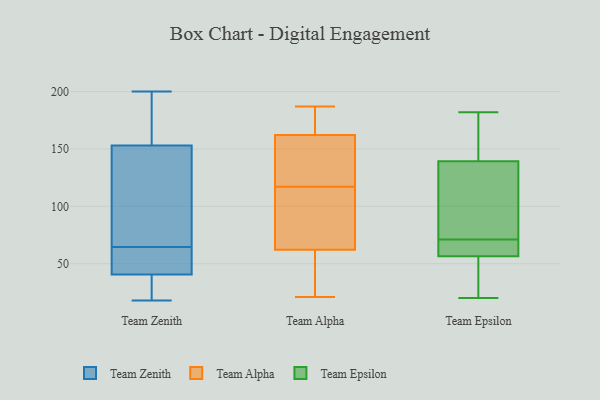
{"axis": {"x": "Shipments", "y": "Value"}, "legend": ["Team Alpha", "Team Epsilon", "Team Zenith"], "data": [{"x": "", "y": 41, "type": "Team Zenith"}, {"x": "", "y": 18, "type": "Team Zenith"}, {"x": "", "y": 58, "type": "Team Zenith"}, {"x": "", "y": 198, "type": "Team Zenith"}, {"x": "", "y": 40, "type": "Team Zenith"}, {"x": "", "y": 183, "type": "Team Zenith"}, {"x": "", "y": 80, "type": "Team Zenith"}, {"x": "", "y": 159, "type": "Team Zenith"}, {"x": "", "y": 100, "type": "Team Zenith"}, {"x": "", "y": 31, "type": "Team Zenith"}, {"x": "", "y": 171, "type": "Team Zenith"}, {"x": "", "y": 200, "type": "Team Zenith"}, {"x": "", "y": 44, "type": "Team Zenith"}, {"x": "", "y": 55, "type": "Team Zenith"}, {"x": "", "y": 18, "type": "Team Zenith"}, {"x": "", "y": 58, "type": "Team Zenith"}, {"x": "", "y": 40, "type": "Team Zenith"}, {"x": "", "y": 79, "type": "Team Zenith"}, {"x": "", "y": 71, "type": "Team Zenith"}, {"x": "", "y": 147, "type": "Team Zenith"}, {"x": "", "y": 112, "type": "Team Alpha"}, {"x": "", "y": 52, "type": "Team Alpha"}, {"x": "", "y": 21, "type": "Team Alpha"}, {"x": "", "y": 140, "type": "Team Alpha"}, {"x": "", "y": 93, "type": "Team Alpha"}, {"x": "", "y": 187, "type": "Team Alpha"}, {"x": "", "y": 169, "type": "Team Alpha"}, {"x": "", "y": 31, "type": "Team Alpha"}, {"x": "", "y": 142, "type": "Team Alpha"}, {"x": "", "y": 169, "type": "Team Alpha"}, {"x": "", "y": 117, "type": "Team Alpha"}, {"x": "", "y": 71, "type": "Team Epsilon"}, {"x": "", "y": 128, "type": "Team Epsilon"}, {"x": "", "y": 182, "type": "Team Epsilon"}, {"x": "", "y": 44, "type": "Team Epsilon"}, {"x": "", "y": 158, "type": "Team Epsilon"}, {"x": "", "y": 58, "type": "Team Epsilon"}, {"x": "", "y": 61, "type": "Team Epsilon"}, {"x": "", "y": 56, "type": "Team Epsilon"}, {"x": "", "y": 20, "type": "Team Epsilon"}, {"x": "", "y": 95, "type": "Team Epsilon"}, {"x": "", "y": 143, "type": "Team Epsilon"}]}